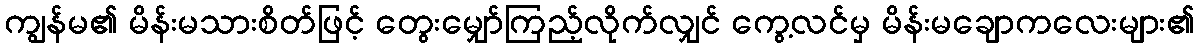
ကျွန်မ၏ မိန်းမသားစိတ်ဖြင့် တွေးမျှော်ကြည့်လိုက်လျှင် ကွေ့လင်မှ မိန်းမချောကလေးများ၏